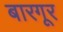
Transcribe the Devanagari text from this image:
बारगूर